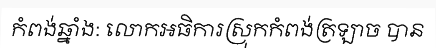
កំពង់ឆ្នាំង: លោកអធិការស្រុកកំពង់ត្រឡាច បាន